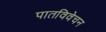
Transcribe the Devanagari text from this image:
पातविवेचन